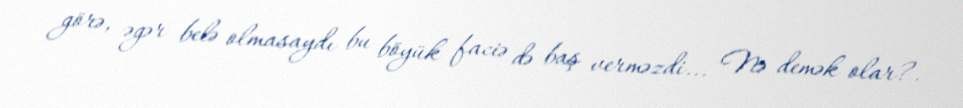
görə, əgər belə olmasaydı bu böyük faciə də baş verməzdi... Nə demək olar?.